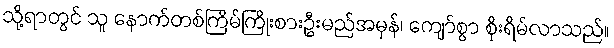
သို့ရာတွင် သူ နောက်တစ်ကြိမ်ကြိုးစားဦးမည်အမှန်၊ ကျော်စွာ စိုးရိမ်လာသည်။